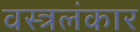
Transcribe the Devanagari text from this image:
वस्त्रलंकार